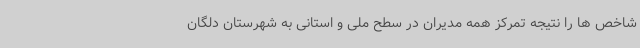
شاخص ها را نتیجه تمرکز همه مدیران در سطح ملی و استانی به شهرستان دلگان